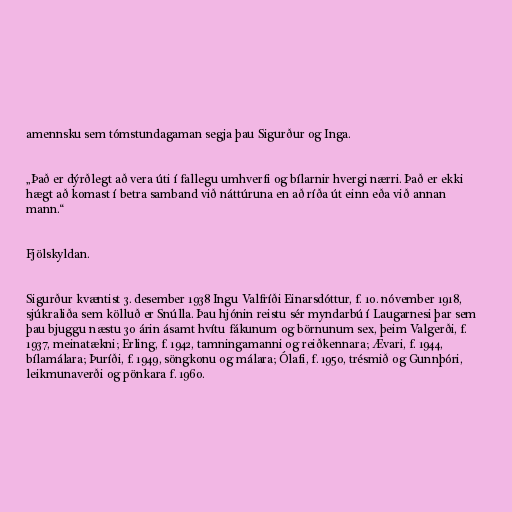
amennsku sem tómstundagaman segja þau Sigurður og Inga.

„Það er dýrðlegt að vera úti í fallegu umhverfi og bílarnir hvergi nærri. Það er ekki
hægt að komast í betra samband við náttúruna en að ríða út einn eða við annan
mann.“

Fjölskyldan.

Sigurður kvæntist 3. desember 1938 Ingu Valfríði Einarsdóttur, f. 10. nóvember 1918,
sjúkraliða sem kölluð er Snúlla. Þau hjónin reistu sér myndarbú í Laugarnesi þar sem
þau bjuggu næstu 30 árin ásamt hvítu fákunum og börnunum sex, þeim Valgerði, f.
1937, meinatækni; Erling, f. 1942, tamningamanni og reiðkennara; Ævari, f. 1944,
bílamálara; Þuríði, f. 1949, söngkonu og málara; Ólafi, f. 1950, trésmið og Gunnþóri,
leikmunaverði og pönkara f. 1960.